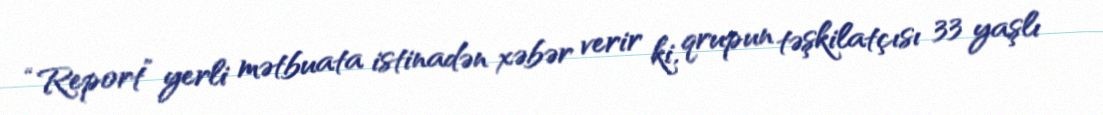
“Report” yerli mətbuata istinadən xəbər verir ki, qrupun təşkilatçısı 33 yaşlı